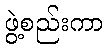
ဖွဲ့စည်းကာ